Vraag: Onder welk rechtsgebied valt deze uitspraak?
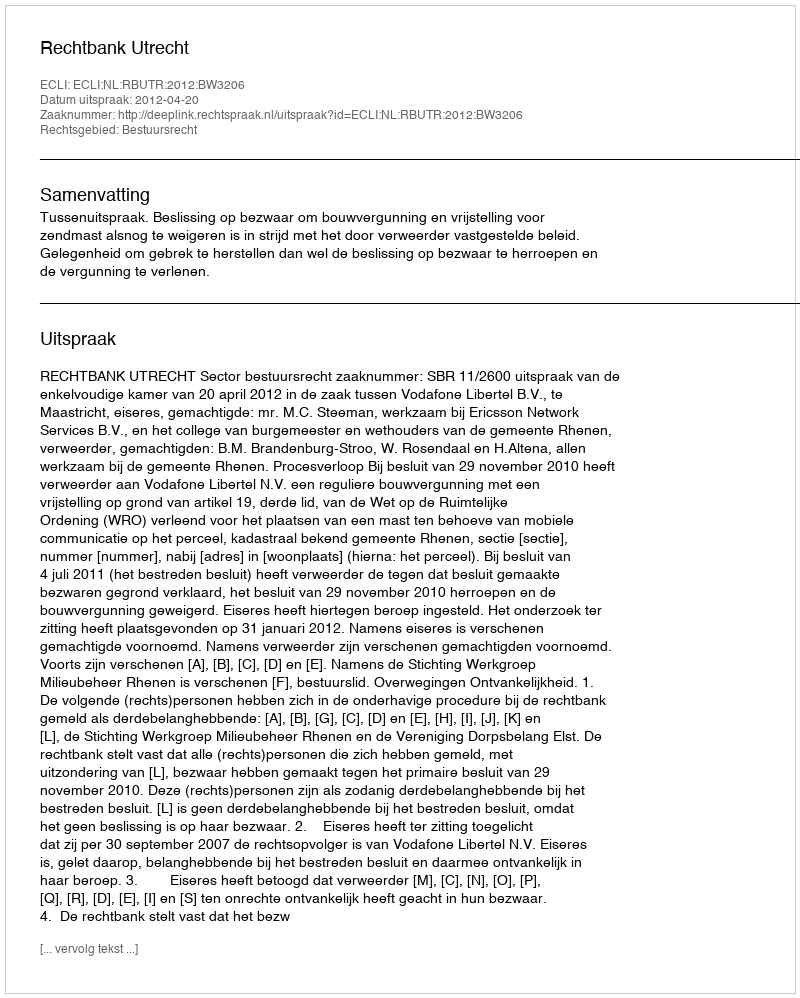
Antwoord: Bestuursrecht